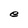
Character: e